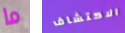
ما الاكتشاف